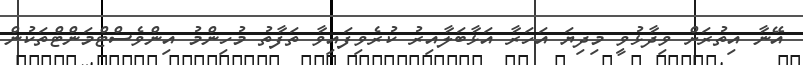
އޭނާ އިތުރަށް ވިދާޅުވީ މިދިޔަ އަހަރާ އަޅާބަލާއިރު ކުރެވިފައިވާ ތަފާތު މުހިންމު އިންވެސްޓްމަންޓްތަކުން